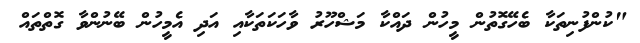
"ކުންފުނިތަކާ ބެހޭގޮތުން މީހުން ދައްކާ މަޝްހޫރު ވާހަކަތަކާއި އަދި އެމީހުން ބޭނުންވާ ގޮތްތައް